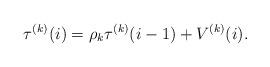
LaTeX: \begin{align*}\tau^{(k)}(i)=\rho_k \tau^{(k)}(i-1)+V^{(k)}(i).\end{align*}